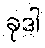
ခုဒါ